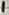
Text: 1